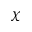
\chi